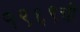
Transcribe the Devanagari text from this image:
१९६९ची